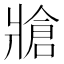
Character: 牄